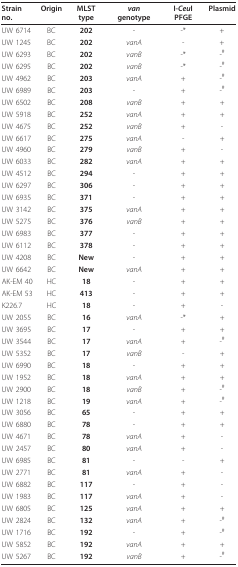
<table><thead><tr><td><b>Strain no.</b></td><td><b>Origin</b></td><td><b>MLST type</b></td><td><b><i>van </i>genotype</b></td><td><b>I-<i>Ceu</i>I PFGE</b></td><td><b>Plasmid</b></td></tr></thead><tbody><tr><td>UW 6714</td><td>BC</td><td><b>202</b></td><td>-</td><td>-*</td><td>+</td></tr><tr><td>UW 1245</td><td>BC</td><td><b>202</b></td><td><i>vanA</i></td><td>-</td><td>+</td></tr><tr><td>UW 6293</td><td>BC</td><td><b>202</b></td><td><i>vanB</i></td><td>-*</td><td>-<sup>#</sup></td></tr><tr><td>UW 6295</td><td>BC</td><td><b>202</b></td><td><i>vanB</i></td><td>-*</td><td>-<sup>#</sup></td></tr><tr><td>UW 4962</td><td>BC</td><td><b>203</b></td><td><i>vanA</i></td><td>+</td><td>-<sup>#</sup></td></tr><tr><td>UW 6989</td><td>BC</td><td><b>203</b></td><td>-</td><td>+</td><td>-<sup>#</sup></td></tr><tr><td>UW 6502</td><td>BC</td><td><b>208</b></td><td><i>vanB</i></td><td>+</td><td>+</td></tr><tr><td>UW 5918</td><td>BC</td><td><b>252</b></td><td><i>vanA</i></td><td>+</td><td>+</td></tr><tr><td>UW 4675</td><td>BC</td><td><b>252</b></td><td><i>vanB</i></td><td>+</td><td>-</td></tr><tr><td>UW 6617</td><td>BC</td><td><b>275</b></td><td><i>vanA</i></td><td>-</td><td>+</td></tr><tr><td>UW 4960</td><td>BC</td><td><b>279</b></td><td><i>vanB</i></td><td>+</td><td>-</td></tr><tr><td>UW 6033</td><td>BC</td><td><b>282</b></td><td><i>vanA</i></td><td>+</td><td>+</td></tr><tr><td>UW 4512</td><td>BC</td><td><b>294</b></td><td>-</td><td>+</td><td>+</td></tr><tr><td>UW 6297</td><td>BC</td><td><b>306</b></td><td>-</td><td>+</td><td>+</td></tr><tr><td>UW 6935</td><td>BC</td><td><b>371</b></td><td>-</td><td>+</td><td>+</td></tr><tr><td>UW 3142</td><td>BC</td><td><b>375</b></td><td><i>vanA</i></td><td>+</td><td>+</td></tr><tr><td>UW 5275</td><td>BC</td><td><b>376</b></td><td><i>vanB</i></td><td>+</td><td>+</td></tr><tr><td>UW 6983</td><td>BC</td><td><b>377</b></td><td>-</td><td>+</td><td>+</td></tr><tr><td>UW 6112</td><td>BC</td><td><b>378</b></td><td>-</td><td>+</td><td>+</td></tr><tr><td>UW 4208</td><td>BC</td><td><b>New</b></td><td>-</td><td>+</td><td>+</td></tr><tr><td>UW 6642</td><td>BC</td><td><b>New</b></td><td><i>vanA</i></td><td>+</td><td>+</td></tr><tr><td>AK-EM 40</td><td>HC</td><td><b>18</b></td><td>-</td><td>+</td><td>+</td></tr><tr><td>AK-EM 53</td><td>HC</td><td><b>413</b></td><td>-</td><td>+</td><td>+</td></tr><tr><td>K226.7</td><td>HC</td><td><b>18</b></td><td>-</td><td>+</td><td>-</td></tr><tr><td>UW 2055</td><td>BC</td><td><b>16</b></td><td><i>vanA</i></td><td>-*</td><td>+</td></tr><tr><td>UW 3695</td><td>BC</td><td><b>17</b></td><td>-</td><td>+</td><td>+</td></tr><tr><td>UW 3544</td><td>BC</td><td><b>17</b></td><td><i>vanA</i></td><td>+</td><td>-<sup>#</sup></td></tr><tr><td>UW 5352</td><td>BC</td><td><b>17</b></td><td><i>vanB</i></td><td>-</td><td>+</td></tr><tr><td>UW 6990</td><td>BC</td><td><b>18</b></td><td>-</td><td>+</td><td>+</td></tr><tr><td>UW 1952</td><td>BC</td><td><b>18</b></td><td><i>vanA</i></td><td>+</td><td>+</td></tr><tr><td>UW 2900</td><td>BC</td><td><b>18</b></td><td><i>vanB</i></td><td>+</td><td>-<sup>#</sup></td></tr><tr><td>UW 1218</td><td>BC</td><td><b>19</b></td><td><i>vanA</i></td><td>+</td><td>-<sup>#</sup></td></tr><tr><td>UW 3056</td><td>BC</td><td><b>65</b></td><td>-</td><td>+</td><td>+</td></tr><tr><td>UW 6880</td><td>BC</td><td><b>78</b></td><td>-</td><td>+</td><td>+</td></tr><tr><td>UW 4671</td><td>BC</td><td><b>78</b></td><td><i>vanA</i></td><td>+</td><td>-</td></tr><tr><td>UW 2457</td><td>BC</td><td><b>80</b></td><td><i>vanA</i></td><td>+</td><td>-</td></tr><tr><td>UW 6985</td><td>BC</td><td><b>81</b></td><td>-</td><td>-</td><td>+</td></tr><tr><td>UW 2771</td><td>BC</td><td><b>81</b></td><td><i>vanA</i></td><td>+</td><td>-</td></tr><tr><td>UW 6882</td><td>BC</td><td><b>117</b></td><td>-</td><td>+</td><td>-</td></tr><tr><td>UW 1983</td><td>BC</td><td><b>117</b></td><td><i>vanA</i></td><td>+</td><td>-</td></tr><tr><td>UW 6805</td><td>BC</td><td><b>125</b></td><td><i>vanA</i></td><td>+</td><td>+</td></tr><tr><td>UW 2824</td><td>BC</td><td><b>132</b></td><td><i>vanA</i></td><td>+</td><td>-<sup>#</sup></td></tr><tr><td>UW 1716</td><td>BC</td><td><b>192</b></td><td>-</td><td>+</td><td>-<sup>#</sup></td></tr><tr><td>UW 5852</td><td>BC</td><td><b>192</b></td><td><i>vanA</i></td><td>+</td><td>+</td></tr><tr><td>UW 5267</td><td>BC</td><td><b>192</b></td><td><i>vanB</i></td><td>+</td><td>-<sup>#</sup></td></tr></tbody></table>